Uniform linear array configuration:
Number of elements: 8
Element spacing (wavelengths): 1
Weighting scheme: uniform
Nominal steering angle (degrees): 15
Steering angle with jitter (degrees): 16.362
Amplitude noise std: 0.05
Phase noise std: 0.05

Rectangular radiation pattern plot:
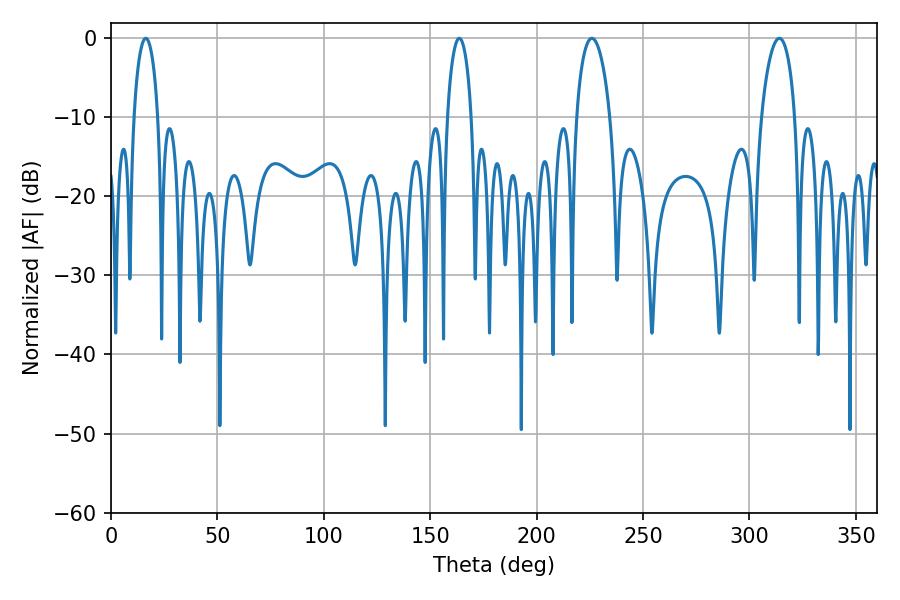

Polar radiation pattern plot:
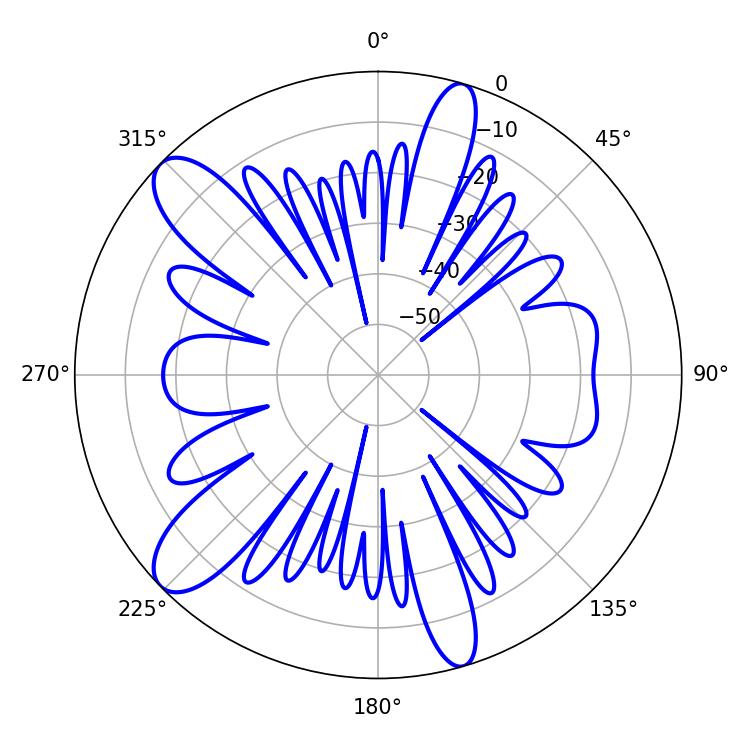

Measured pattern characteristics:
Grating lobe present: TRUE
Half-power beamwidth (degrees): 9.18
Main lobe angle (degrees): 225.9